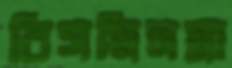
বিসমিলস্না